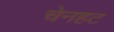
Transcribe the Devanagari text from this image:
चेनहट